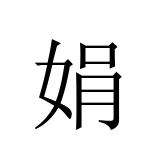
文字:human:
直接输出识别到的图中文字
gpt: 娟